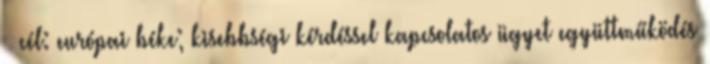
 cél: európai béke; kisebbségi kérdéssel kapcsolatos ügyet együttműködés